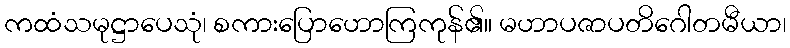
ကထံသမုဋ္ဌာပေသုံ၊ စကားပြောဟောကြကုန်၏။ မဟာပဇာပတိဂေါတမီယာ၊